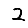
Digit: 2